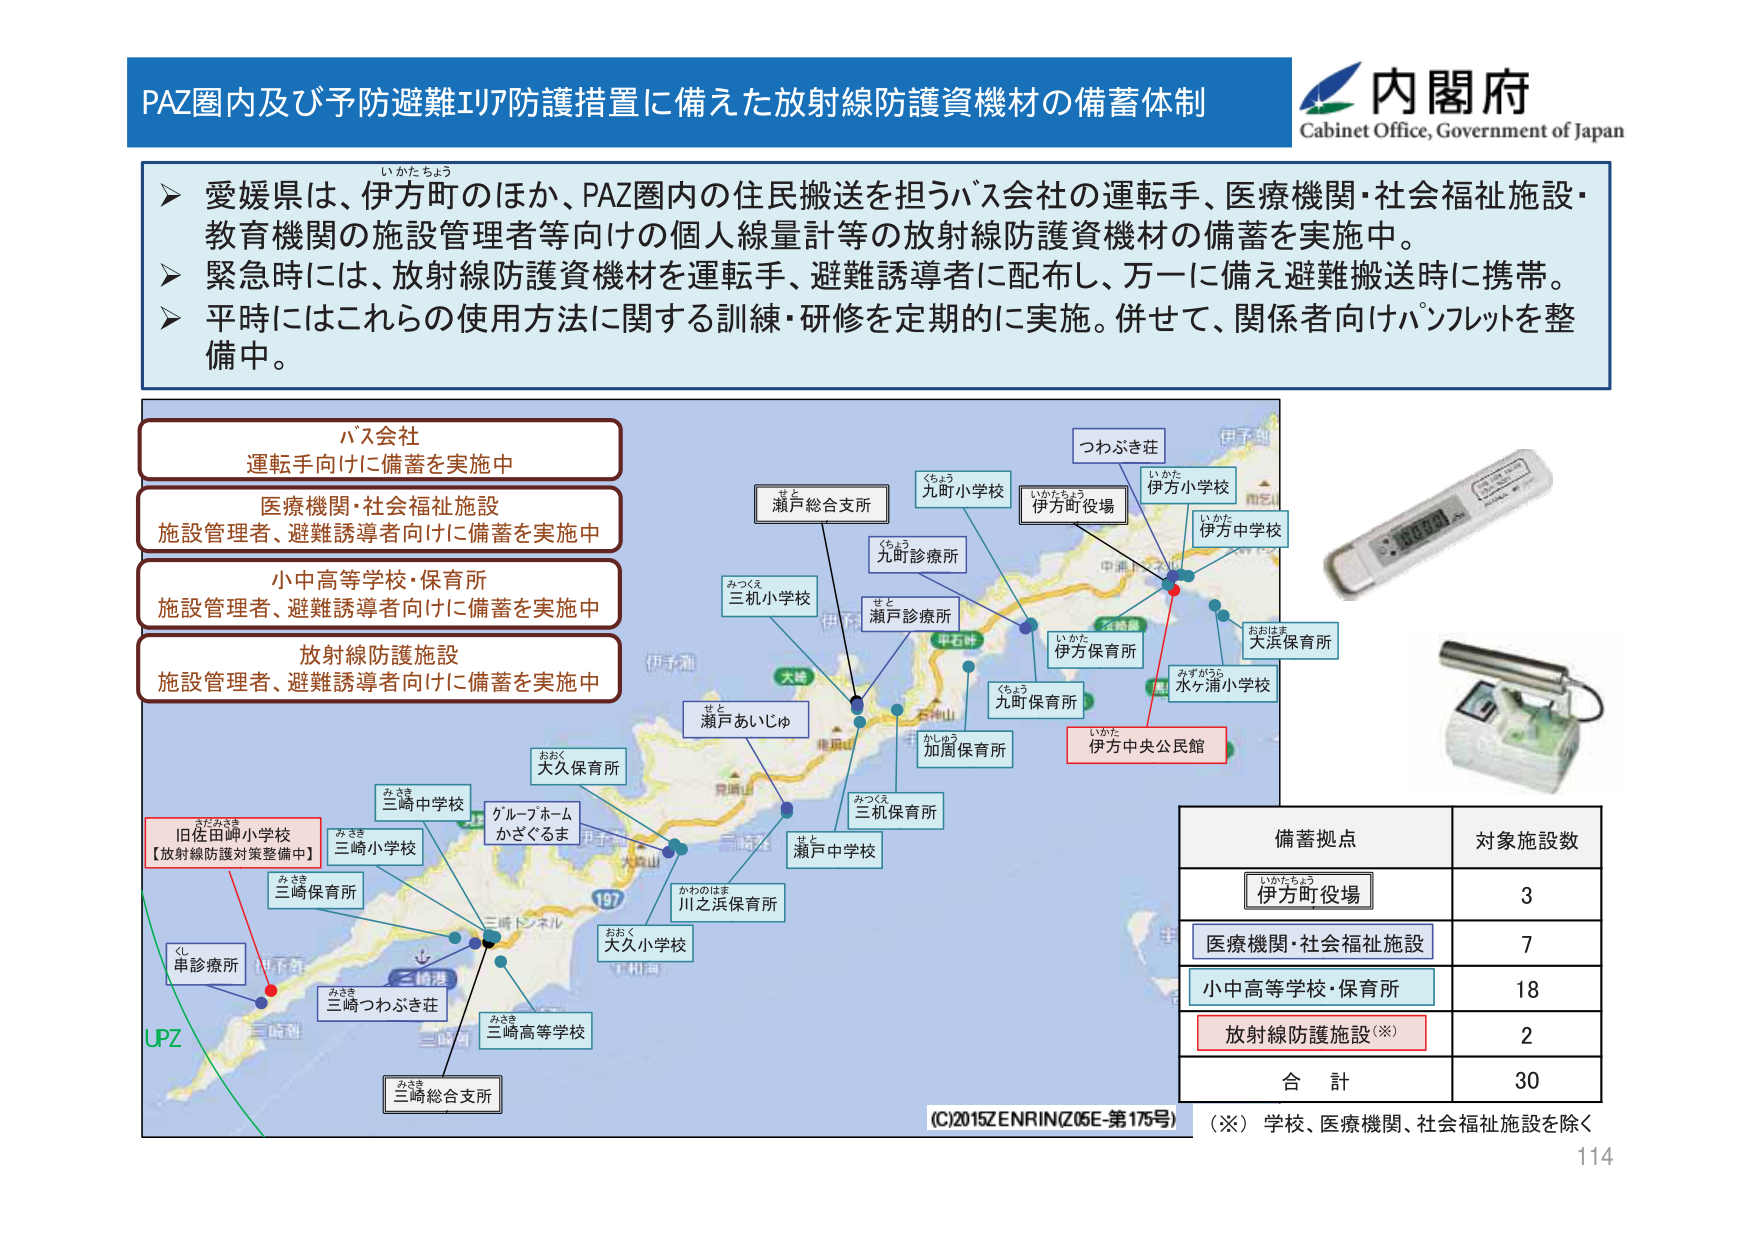
PAZ圏内及び予防避難エリア防護措置に備えた放射線防護資機材の備蓄体制

内閣府
Cabinet Office, Government of Japan

いがたちょう
▶ 愛媛県は、伊方町のほか、PAZ圏内の住民搬送を担うバス会社の運転手、医療機関・社会福祉施設・教育機関の施設管理者等向けの個人線量計等の放射線防護資機材の備蓄を実施中。
▶ 緊急時には、放射線防護資機材を運転手、避難誘導者に配布し、万一に備え避難搬送時に携帯。
▶ 平時にはこれらの使用方法に関する訓練・研修を定期的に実施。併せて、関係者向けパンフレットを整備中。

バス会社
運転手向けに備蓄を実施中

医療機関・社会福祉施設
施設管理者、避難誘導者向けに備蓄を実施中

小中高等学校・保育所
施設管理者、避難誘導者向けに備蓄を実施中

放射線防護施設
施設管理者、避難誘導者向けに備蓄を実施中

つわぶき荘
伊方小学校
いがた
伊方中学校
いがた
伊方町役場
いがたちょう
九町小学校
くちょう
九町診療所
くちょう
瀬戸診療所
せと
三机小学校
みつくえ
瀬戸あいじゅ
せと
大久保育所
おおく
三崎中学校
みさき
三崎小学校
みさき
三崎保育所
みさき
三崎つわぶき荘
みさき
三崎高等学校
みさき
三崎総合支所
みさき
旧佐田岬小学校
さだみさき
【放射線防護対策整備中】
ゲルブホーム
かざぐるま
大久小学校
おおく
川之浜保育所
かわのはま
瀬戸中学校
せと
加周保育所
かしゅう
九町保育所
くちょう
伊方保育所
いがた
水ヶ浦小学校
みずがうら
大浜保育所
おおはま
伊方中央公民館
いがた
UPZ

備蓄拠点
対象施設数
伊方町役場
いがたちょう
3
医療機関・社会福祉施設
7
小中高等学校・保育所
18
放射線防護施設（※）
2
合計
30

（※） 学校、医療機関、社会福祉施設を除く

(C)2015ZENRIN(Z05E-第175号)
114